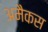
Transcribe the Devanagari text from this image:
अमैकस